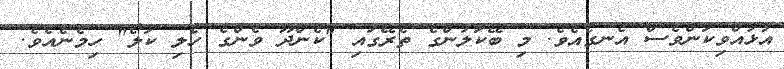
އުޅުއްވިކަންވެސް އެނގެއެވެ. މި ބޭކަލުންގެ ތެރޭގައި "ކެންދޫ ވެންގެ ހެލި ކަލޯ" ހިމެނެއެވެ.